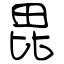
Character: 毘